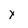
Character: x